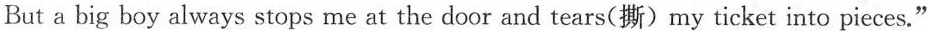
But a big boy always stops me at the door and tears(撕) my ticket into pieces."